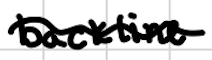
Text: backline
Cross-out: wave
Writing tool: digital_black